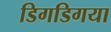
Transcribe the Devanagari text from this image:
डिगडिगया